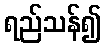
ရည်သန်၍